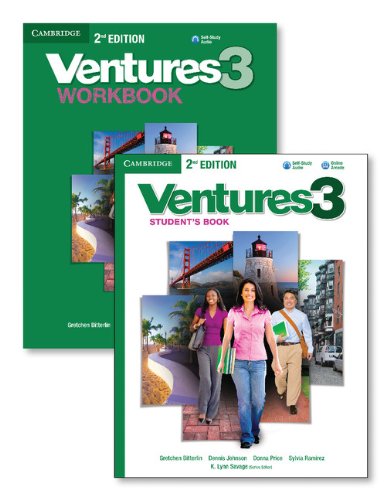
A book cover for Ventures Level 3 Value Pack (Student's Book with Audio CD and Workbook with Audio CD); Gretchen Bitterlin; Reference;